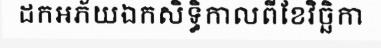
ដកអភ័យឯកសិទ្ធិកាលពីខែវិច្ឆិកា